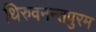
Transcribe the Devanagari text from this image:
थिरुवनन्तपुरम